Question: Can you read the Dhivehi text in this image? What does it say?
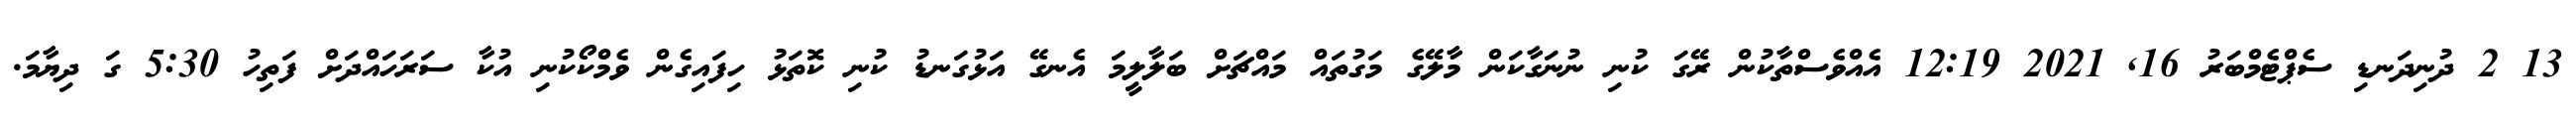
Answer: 13 2 ދުނިދަނޑި ސެޕްޓެމްބަރު 16, 2021 12:19 އެއްވެސްތާކުން ރޭގަ ކުނި ނުނަގާކަން މާލޭގެ މަގުތައް މައްޗަށް ބަލާލީމަ އެނގޭ އަޅުގަނޑު ކުނި ކޮތަޅު ހިފައިގެން ވެމްކޯކުނި އުކާ ސަރަހައްދަށް ފަތިހު 5:30 ގަ ދިޔާމަ.